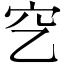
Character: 穵